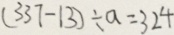
( 3 3 7 - 1 3 ) \div a = 3 2 4